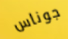
جوناس